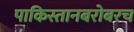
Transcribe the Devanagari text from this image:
पाकिस्तानबरोबरच